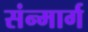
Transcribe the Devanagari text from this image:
संन्मार्ग